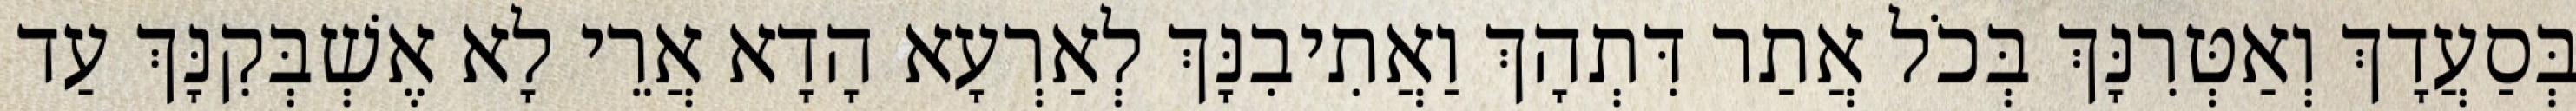
בְּסַעֲדָךְ וְאַטְּרִנָּךְ בְּכֹל אֲתַר דִּתְהָךְ וַאֲתִיבִנָּךְ לְאַרְעָא הָדָא אֲרֵי לָא אֶשְׁבְּקִנָּךְ עַד